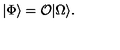
| \Phi \rangle = { \cal O } | \Omega \rangle .